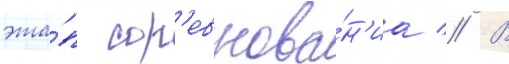
эта́п сор'евнова́н'иа // В